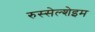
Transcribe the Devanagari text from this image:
रुस्सेल्शेइम